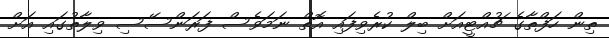
ތިން ހަފްތާގެ ޗުއްޓީއަށް ބިލް ކުރެވިފައި އޮތް ނަމަވެސް ފަރަންސޭސި ވިލާތުގައި އަށް